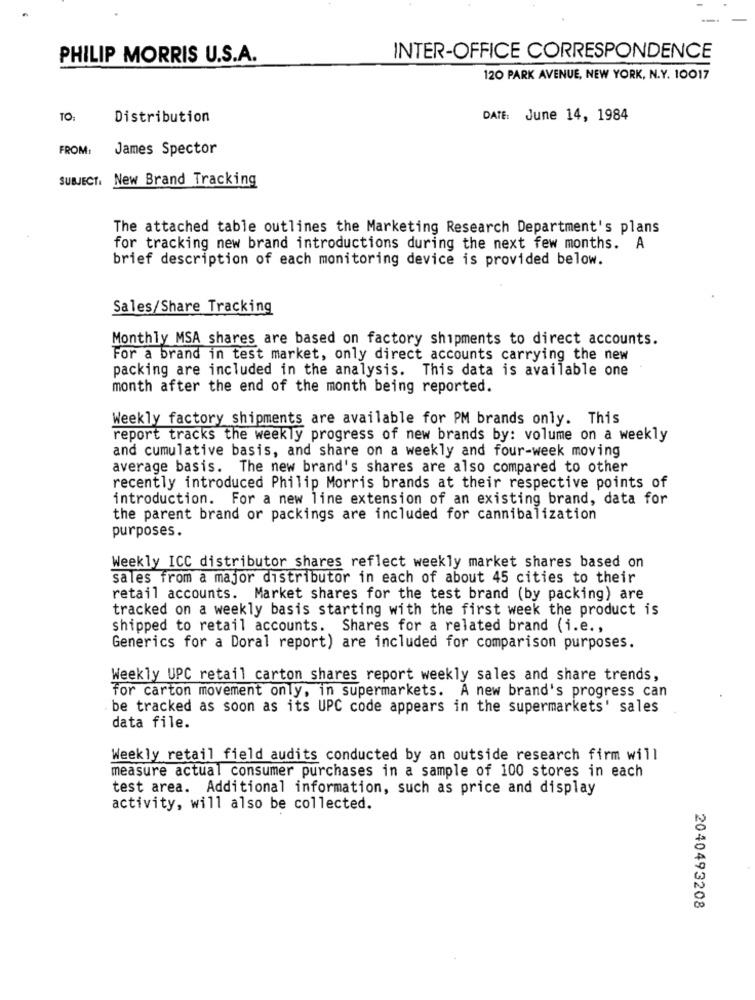
PHILIP MORRIS U.S.A.
INTER-OFFICE CORRESPONDENCE
120 PARK AVENUE, NEW YORK, N.Y. 10017
TO:
Distribution
DATE: June 14, 1984
FROM:
James Spector
SUBJECT. New Brand Tracking
The attached table outlines the Marketing Research Department's plans
for tracking new brand introductions during the next few months. A
brief description of each monitoring device is provided below.
Sales/Share Tracking
Monthly MSA shares are based on factory shipments to direct accounts.
For a brand in test market, only direct accounts carrying the new
packing are included in the analysis. This data is available one
month after the end of the month being reported.
Weekly factory shipments are available for PM brands only. This
report tracks the weekly progress of new brands by: volume on a weekly
and cumulative basis, and share on a weekly and four-week moving
average basis. The new brand's shares are also compared to other
recently introduced Philip Morris brands at their respective points of
introduction. For a new line extension of an existing brand, data for
the parent brand or packings are included for cannibalization
purposes.
Weekly ICC distributor shares reflect weekly market shares based on
sales from a major distributor in each of about 45 cities to their
retail accounts. Market shares for the test brand (by packing) are
tracked on a weekly basis starting with the first week the product is
shipped to retail accounts. Shares for a related brand (i.e .,
Generics for a Doral report) are included for comparison purposes.
Weekly UPC retail carton shares report weekly sales and share trends,
for carton movement only, in supermarkets. A new brand's progress can
be tracked as soon as its UPC code appears in the supermarkets' sales
data file.
Weekly retail field audits conducted by an outside research firm will
measure actual consumer purchases in a sample of 100 stores in each
test area. Additional information, such as price and display
activity, will also be collected.
2040493208